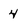
Character: 4